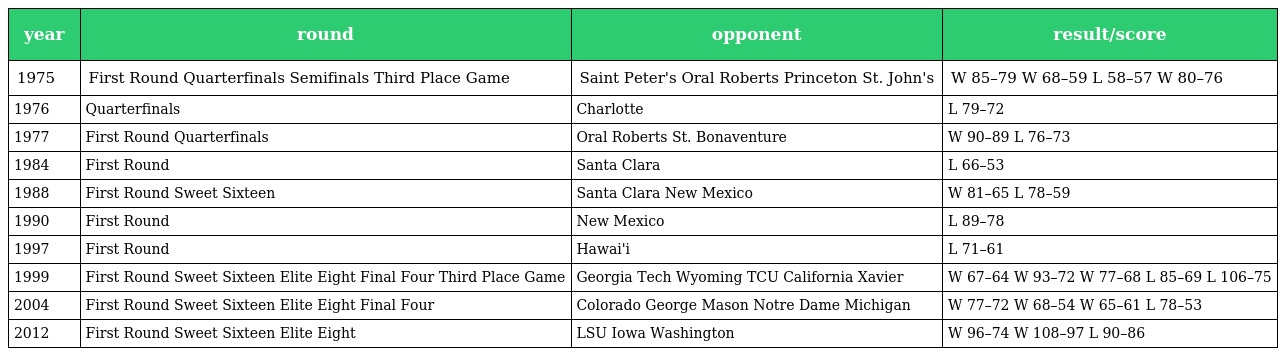
| year | round | opponent | result/score |
 | --- | --- | --- | --- |
 | 1975 | First Round Quarterfinals Semifinals Third Place Game | Saint Peter's Oral Roberts Princeton St. John's | W 85–79 W 68–59 L 58–57 W 80–76 |
 | 1976 | Quarterfinals | Charlotte | L 79–72 |
 | 1977 | First Round Quarterfinals | Oral Roberts St. Bonaventure | W 90–89 L 76–73 |
 | 1984 | First Round | Santa Clara | L 66–53 |
 | 1988 | First Round Sweet Sixteen | Santa Clara New Mexico | W 81–65 L 78–59 |
 | 1990 | First Round | New Mexico | L 89–78 |
 | 1997 | First Round | Hawai'i | L 71–61 |
 | 1999 | First Round Sweet Sixteen Elite Eight Final Four Third Place Game | Georgia Tech Wyoming TCU California Xavier | W 67–64 W 93–72 W 77–68 L 85–69 L 106–75 |
 | 2004 | First Round Sweet Sixteen Elite Eight Final Four | Colorado George Mason Notre Dame Michigan | W 77–72 W 68–54 W 65–61 L 78–53 |
 | 2012 | First Round Sweet Sixteen Elite Eight | LSU Iowa Washington | W 96–74 W 108–97 L 90–86 |